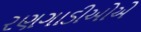
રણગાડીઓએ